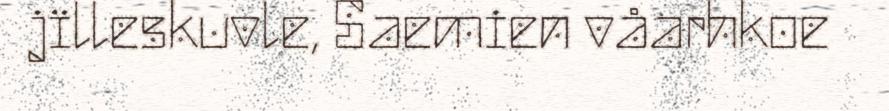
jïlleskuvle, Saemien våarhkoe